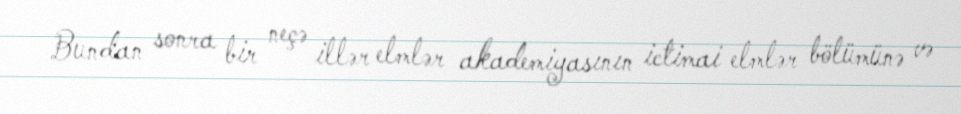
Bundan sonra bir neçə illər elmlər akademiyasının ictimai elmlər bölümünə və